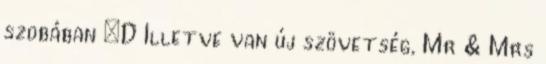
szobában :D Illetve van új szövetség, Mr & Mrs